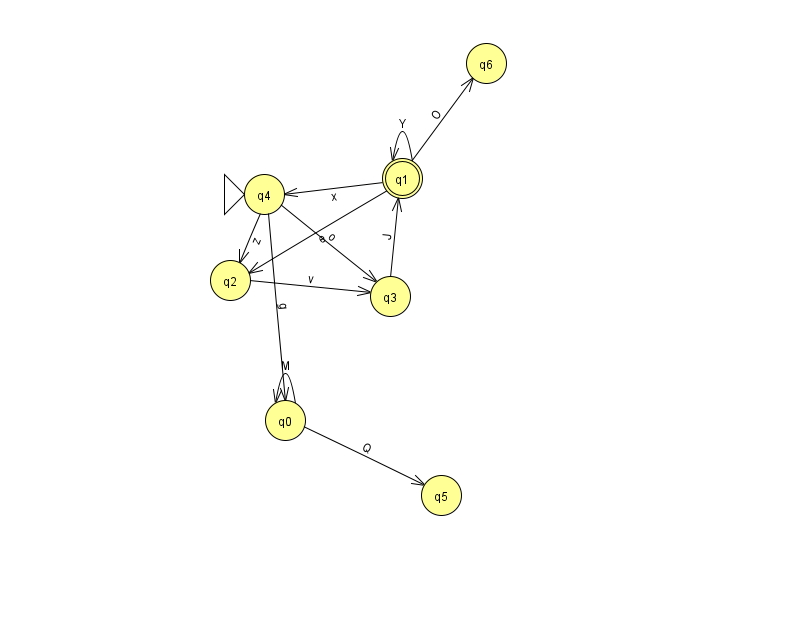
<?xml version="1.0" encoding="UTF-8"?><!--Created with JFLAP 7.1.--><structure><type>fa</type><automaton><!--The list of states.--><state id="0" name="q0"><x>285.0</x><y>407.0</y></state><state id="1" name="q1"><x>402.0</x><y>165.0</y><final/></state><state id="2" name="q2"><x>230.0</x><y>267.0</y></state><state id="3" name="q3"><x>390.0</x><y>283.0</y></state><state id="4" name="q4"><x>264.0</x><y>181.0</y><initial/></state><state id="5" name="q5"><x>441.0</x><y>482.0</y></state><state id="6" name="q6"><x>486.0</x><y>50.0</y></state><!--The list of transitions.--><transition><from>1</from><to>2</to><read>e</read></transition><transition><from>2</from><to>3</to><read>v</read></transition><transition><from>1</from><to>6</to><read>O</read></transition><transition><from>4</from><to>0</to><read>g</read></transition><transition><from>1</from><to>1</to><read>Y</read></transition><transition><from>3</from><to>1</to><read>J</read></transition><transition><from>1</from><to>4</to><read>x</read></transition><transition><from>0</from><to>0</to><read>M</read></transition><transition><from>0</from><to>5</to><read>Q</read></transition><transition><from>4</from><to>2</to><read>z</read></transition><transition><from>4</from><to>3</to><read>o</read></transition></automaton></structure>